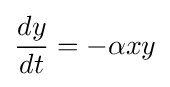
{dy \over dt}=-\alpha xy